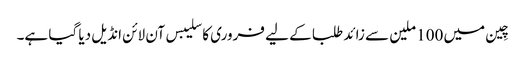
چِین میں 100 ملین سے زائد طلبا کے لیے فروری کا سلیبس آن لائن انڈیل دیا گیا ہے۔